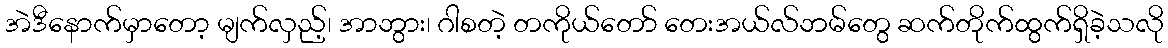
အဲဒီနောက်မှာတော့ မျက်လှည့်၊ အာဘွား၊ ဂါစတဲ့ တကိုယ်တော် တေးအယ်လ်ဘမ်တွေ ဆက်တိုက်ထွက်ရှိခဲ့သလို